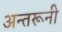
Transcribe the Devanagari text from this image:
अन्तरूनी